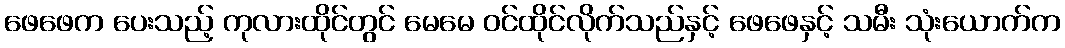
ဖေဖေက ပေးသည့် ကုလားထိုင်တွင် မေမေ ဝင်ထိုင်လိုက်သည်နှင့် ဖေဖေနှင့် သမီး သုံးယောက်က